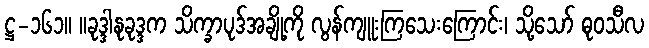
ဋ္ဌ-၁၆၁။ ။ခုဒ္ဒါနုခုဒ္ဒက သိက္ခာပုဒ်အချို့ကို လွန်ကျူးကြသေးကြောင်း၊ သို့သော် ဓုဝသီလ